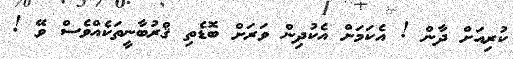
ކުރިއަށް ދާން ! އެކަމަށް އެކުދިން ވަރަށް ބޮޑެތި ޤްރުބާނީތަކެއްވެސް ވޭ !